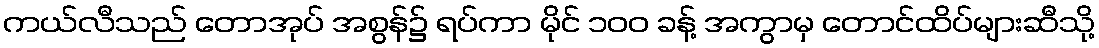
ကယ်လီသည် တောအုပ် အစွန်၌ ရပ်ကာ မိုင် ၁၀၀ ခန့် အကွာမှ တောင်ထိပ်များဆီသို့